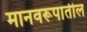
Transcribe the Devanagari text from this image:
मानवरूपातील